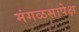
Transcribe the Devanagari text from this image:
मंगळसापेक्ष